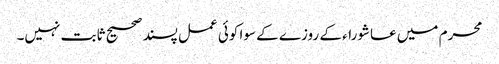
محرم میں عاشوراء کے روزے کے سوا کوئی عمل پسند صحیح ثابت نہیں۔